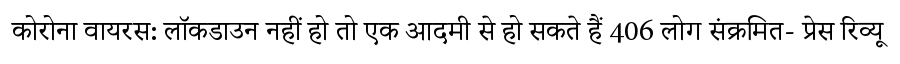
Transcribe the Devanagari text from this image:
कोरोना वायरस: लॉकडाउन नहीं हो तो एक आदमी से हो सकते हैं 406 लोग संक्रमित- प्रेस रिव्यू